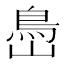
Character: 㠀